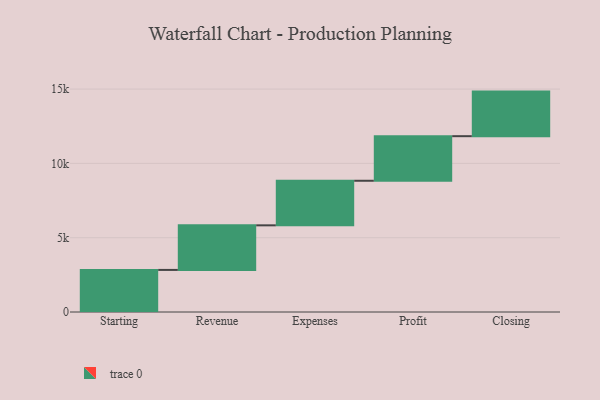
{"axis": {"x": "Step", "y": "Value"}, "legend": [""], "data": [{"x": "Starting", "y": 2832.0, "type": ""}, {"x": "Revenue", "y": 3000, "type": ""}, {"x": "Expenses", "y": 3000, "type": ""}, {"x": "Profit", "y": 3000, "type": ""}, {"x": "Closing", "y": 3000, "type": ""}]}